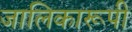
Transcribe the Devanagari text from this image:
जालिकारूपी